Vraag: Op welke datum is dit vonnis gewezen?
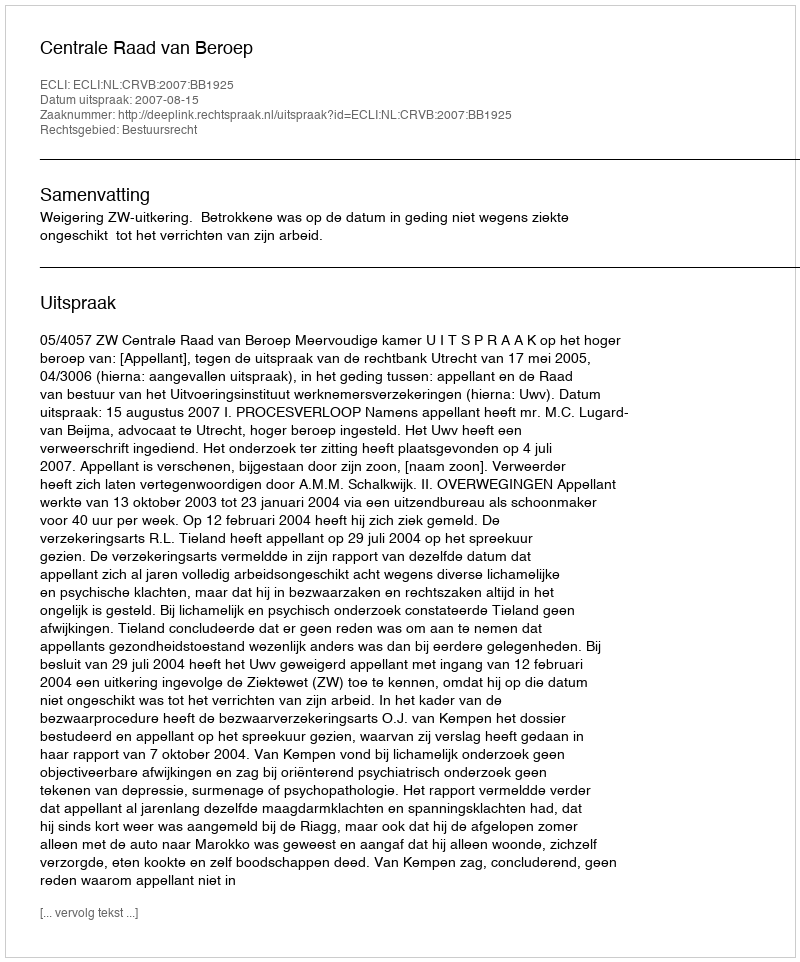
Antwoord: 2007-08-15